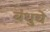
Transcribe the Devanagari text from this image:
बंधुचे